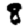
Digit: 8